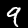
Digit: 9